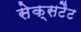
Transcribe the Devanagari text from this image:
सेक्सटैट